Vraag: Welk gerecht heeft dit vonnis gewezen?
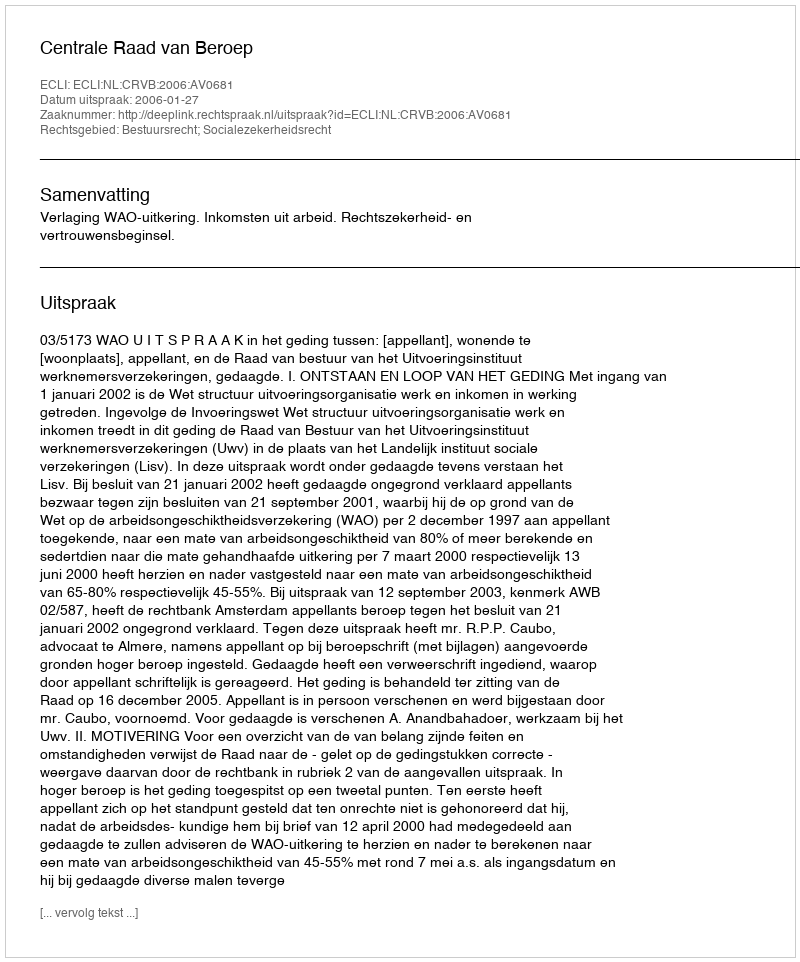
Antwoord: Centrale Raad van Beroep